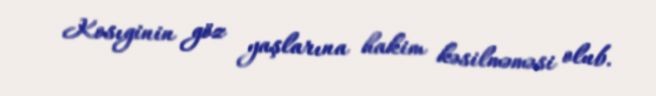
Kosıginin göz yaşlarına hakim kəsilməməsi olub.